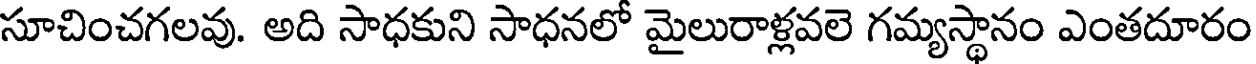
సూచించగలవు. అది సాధకుని సాధనలో మైలురాళ్లవలె గమ్యస్థానం ఎంతదూరం